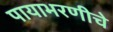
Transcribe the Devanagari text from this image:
पायाभरणीचे